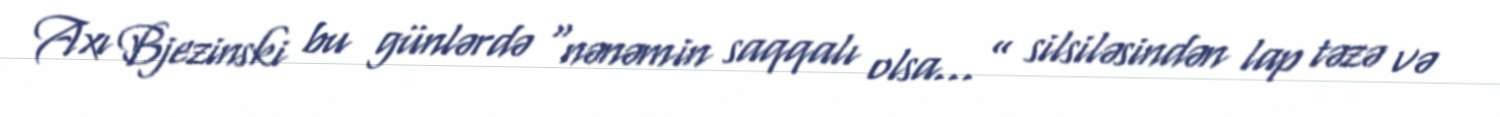
Axı Bjezinski bu günlərdə “nənəmin saqqalı olsa...” silsiləsindən lap təzə və